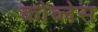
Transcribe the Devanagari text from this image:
कोव्लेस